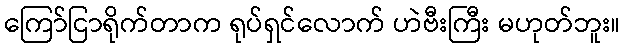
ကြော်ငြာရိုက်တာက ရုပ်ရှင်လောက် ဟဲဗီးကြီး မဟုတ်ဘူး။